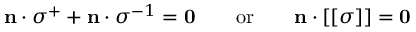
\mathbf { n } \cdot { \boldsymbol { \sigma } } ^ { + } + \mathbf { n } \cdot { \boldsymbol { \sigma } } ^ { - 1 } = \mathbf { 0 } \qquad { \mathrm { o r } } \qquad \mathbf { n } \cdot [ [ { \boldsymbol { \sigma } } ] ] = \mathbf { 0 }